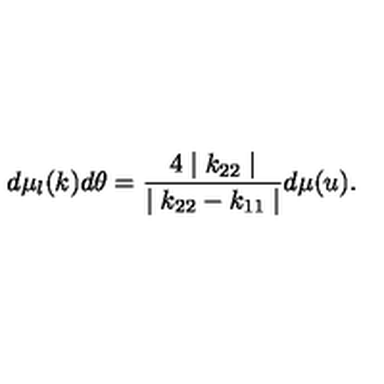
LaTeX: d \mu _ { l } ( k ) d \theta = \frac { 4 \mid k _ { 2 2 } \mid } { \mid k _ { 2 2 } - k _ { 1 1 } \mid } d \mu ( u ) .